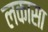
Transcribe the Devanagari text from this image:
लकासा